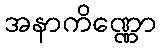
အနာကိဏ္ဏော